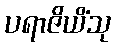
ပရာဇိယိံသု